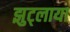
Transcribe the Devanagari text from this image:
झुट्लाया